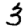
Digit: 3